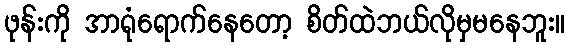
ဖုန်းကို အာရုံရောက်နေတော့ စိတ်ထဲဘယ်လိုမှမနေဘူး။